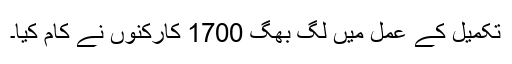
تکمیل کے عمل میں لگ بھگ 1700 کارکنوں نے کام کیا۔